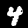
Digit: 4